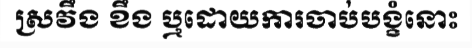
ស្រវឹង ខឹង ឬដោយការចាប់បង្ខំនោះ